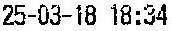
25-03-18 18:34